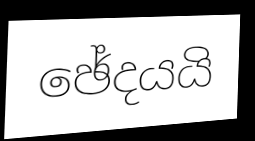
ඡේදයයි